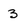
Character: 3